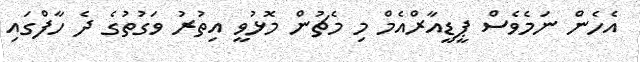
އެހެން ނަމެވެސް ޕީޑީއާރްއެމް މި މެޗުން މޮޅުވީ އިތުރު ވަގުތުގެ ދެ ހާފްގައި